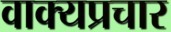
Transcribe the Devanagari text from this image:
वाक्यप्रचार